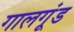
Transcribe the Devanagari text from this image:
गालगूंड